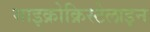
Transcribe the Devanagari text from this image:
माइक्रोक्रिस्टेलाइन